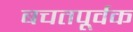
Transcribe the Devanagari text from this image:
बचतपूर्वक